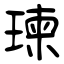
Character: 瑓